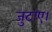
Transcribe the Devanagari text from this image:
जुटाए।